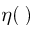
\eta ( \, )